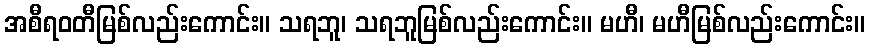
အစီရဝတီမြစ်လည်းကောင်း။ သရဘူ၊ သရဘူမြစ်လည်းကောင်း။ မဟီ၊ မဟီမြစ်လည်းကောင်း။